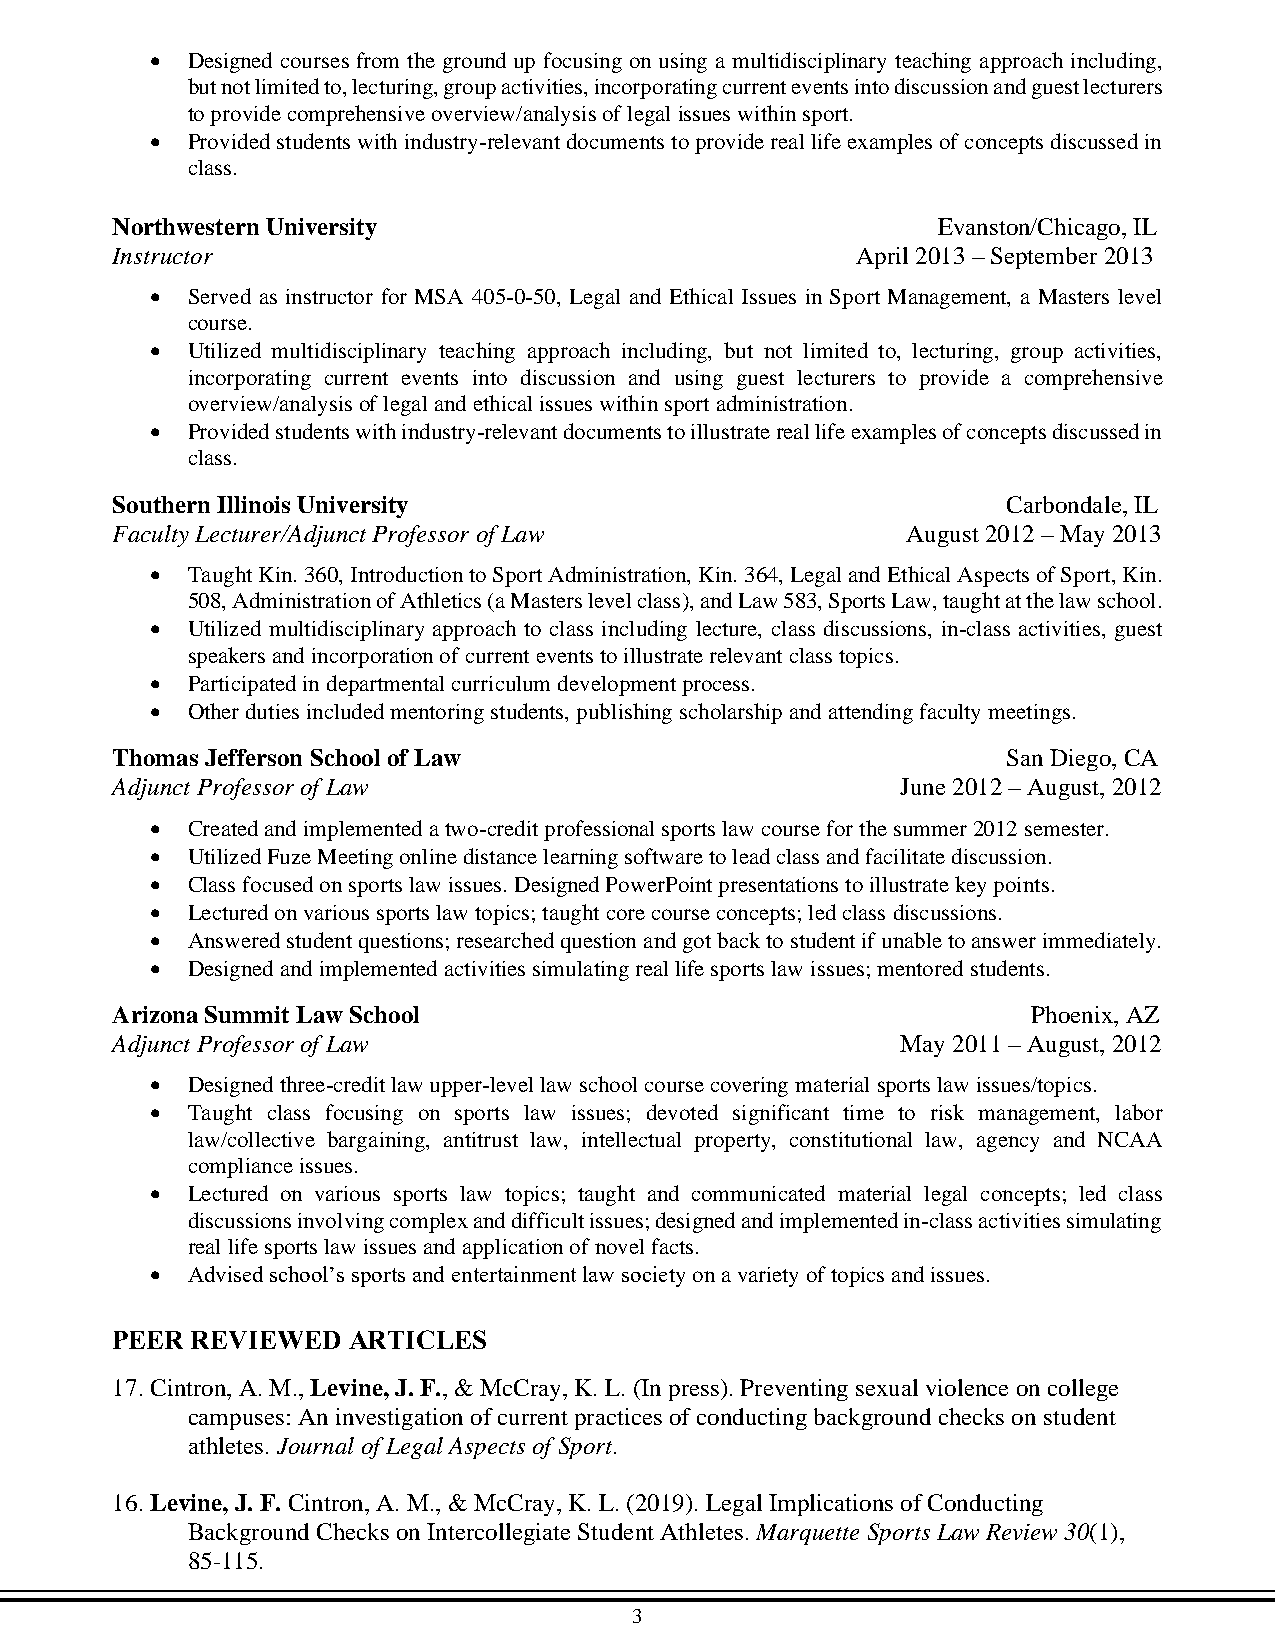
• Designed courses from the ground up focusing on using a multidisciplinary teaching approach including,
 but not limited to, lecturing, group activities, incorporating current events into discussion and guest lecturers
 to provide comprehensive overview/analysis of legal issues within sport.
 • Provided students with industry-relevant documents to provide real life examples of concepts discussed in
 class.
 Northwestern University                                Evanston/Chicago, IL
 Instructor                                        April 2013 – September 2013
 • Served as instructor for MSA 405-0-50, Legal and Ethical Issues in Sport Management, a Masters level
 course.
 • Utilized multidisciplinary teaching approach including, but not limited to, lecturing, group activities,
 incorporating current events into discussion and using guest lecturers to provide a comprehensive
 overview/analysis of legal and ethical issues within sport administration.
 • Provided students with industry-relevant documents to illustrate real life examples of concepts discussed in
 class.
 Southern Illinois University                                Carbondale, IL
 Faculty Lecturer/Adjunct Professor of Law            August 2012 – May 2013
 • Taught Kin. 360, Introduction to Sport Administration, Kin. 364, Legal and Ethical Aspects of Sport, Kin.
 508, Administration of Athletics (a Masters level class), and Law 583, Sports Law, taught at the law school.
 • Utilized multidisciplinary approach to class including lecture, class discussions, in-class activities, guest
 speakers and incorporation of current events to illustrate relevant class topics.
 • Participated in departmental curriculum development process.
 • Other duties included mentoring students, publishing scholarship and attending faculty meetings.
 Thomas Jefferson School of Law                              San Diego, CA
 Adjunct Professor of Law                             June 2012 – August, 2012
 • Created and implemented a two-credit professional sports law course for the summer 2012 semester.
 • Utilized Fuze Meeting online distance learning software to lead class and facilitate discussion.
 • Class focused on sports law issues. Designed PowerPoint presentations to illustrate key points.
 • Lectured on various sports law topics; taught core course concepts; led class discussions.
 • Answered student questions; researched question and got back to student if unable to answer immediately.
 • Designed and implemented activities simulating real life sports law issues; mentored students.
 Arizona Summit Law School                                    Phoenix, AZ
 Adjunct Professor of Law                             May 2011 – August, 2012
 • Designed three-credit law upper-level law school course covering material sports law issues/topics.
 • Taught class focusing on sports law issues; devoted significant time to risk management, labor
 law/collective bargaining, antitrust law, intellectual property, constitutional law, agency and NCAA
 compliance issues.
 • Lectured on various sports law topics; taught and communicated material legal concepts; led class
 discussions involving complex and difficult issues; designed and implemented in-class activities simulating
 real life sports law issues and application of novel facts.
 • Advised school’s sports and entertainment law society on a variety of topics and issues.
 PEER  REVIEWED  ARTICLES
 17. Cintron, A. M., Levine, J. F., & McCray, K. L. (In press). Preventing sexual violence on college
 campuses: An investigation of current practices of conducting background checks on student
 athletes. Journal of Legal Aspects of Sport.
 16. Levine, J. F. Cintron, A. M., & McCray, K. L. (2019). Legal Implications of Conducting
 Background Checks on Intercollegiate Student Athletes. Marquette Sports Law Review 30(1),
 85-115.
 3